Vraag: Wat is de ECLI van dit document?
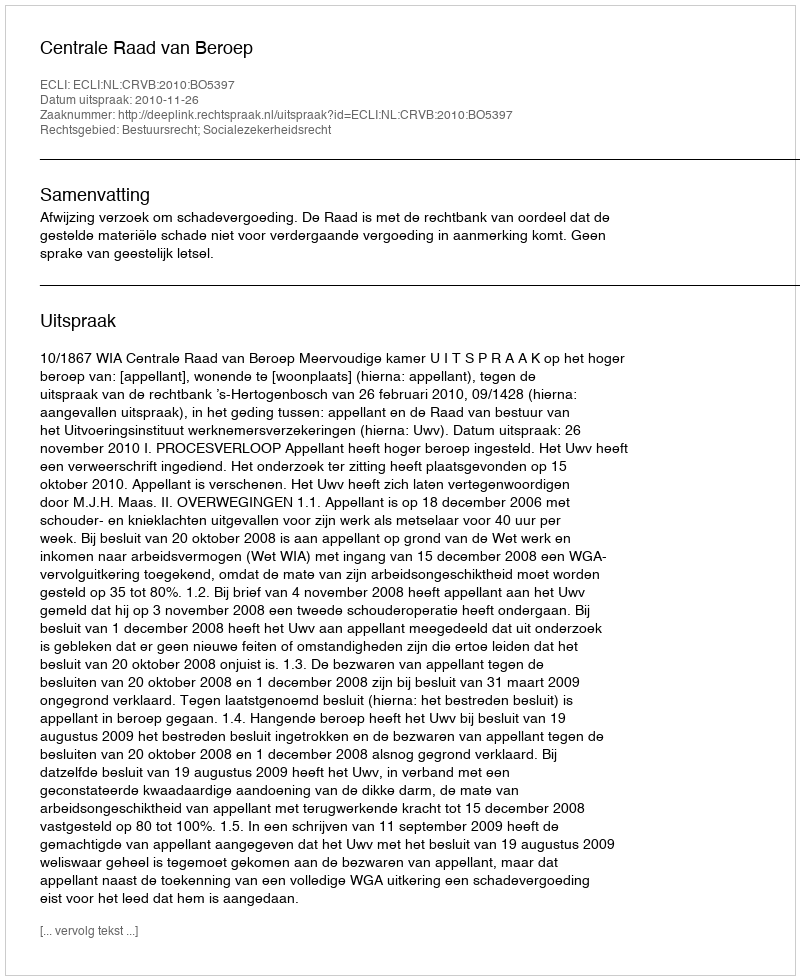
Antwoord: ECLI:NL:CRVB:2010:BO5397